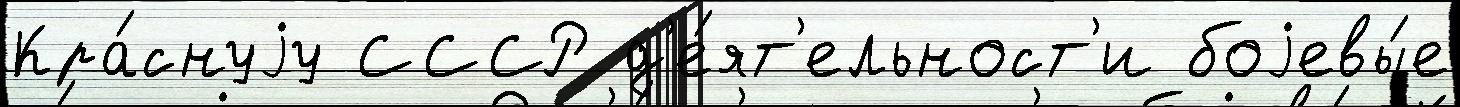
Кра́снуjу СССР д'е́ят'ельност'и боjевы́е